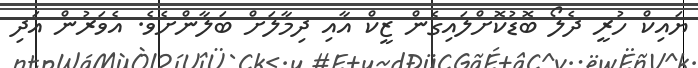
ޔައިކް ހުރީ ދެލޯ ބޮޑުކޮށްލައިގެން ޒީކް އާއި ދިމާލަށް ބަލާންށެވެ. އެވަރުން އަދި